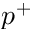
p ^ { + }